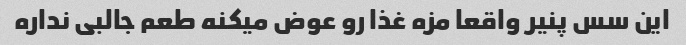
این سس پنیر واقعا مزه غذا رو عوض میکنه طعم جالبی نداره